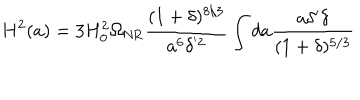
H ^ { 2 } ( a ) = 3 H _ { 0 } ^ { 2 } \Omega _ { \mathrm { N R } } \frac { ( 1 + \delta ) ^ { 8 / 3 } } { a ^ { 6 } \delta ^ { ' 2 } } \int d a \frac { a \delta ^ { \prime } \delta } { ( 1 + \delta ) ^ { 5 / 3 } }